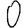
Digit: 0